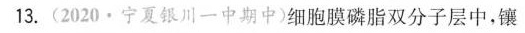
13.(2020·宁夏银川一中期中)细胞膜磷脂双分子层中，镶